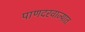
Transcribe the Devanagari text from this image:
पाणदरवाज्यात